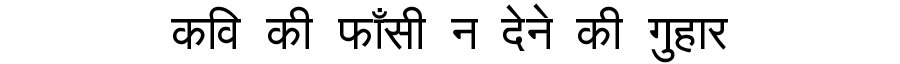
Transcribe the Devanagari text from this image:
कवि की फाँसी न देने की गुहार